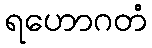
ရဟောဂတံ